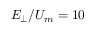
E _ { \perp } / U _ { m } = 1 0